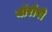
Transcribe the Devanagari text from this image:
योरोपी